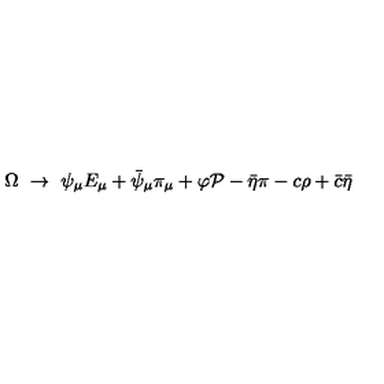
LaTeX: \Omega \ \to \ \psi _ { \mu } E _ { \mu } + \bar { \psi } _ { \mu } \pi _ { \mu } + \varphi { \cal P } - \bar { \eta } \pi - c \rho + \bar { c } \bar { \eta }